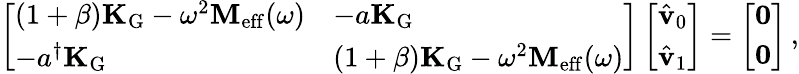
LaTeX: \left[\begin{array}{ll}{(1+\beta)\mathbf{K}_{\mathrm{G}}-\omega^{2}\mathbf{M}_{\mathrm{eff}}(\omega)}&{-a\mathbf{K}_{\mathrm{G}}}\\ {-a^{\dagger}\mathbf{K}_{\mathrm{G}}}&{(1+\beta)\mathbf{K}_{\mathrm{G}}-\omega^{2}\mathbf{M}_{\mathrm{eff}}(\omega)}\end{array}\right]\left[\begin{array}{l}{\hat{\mathbf{v}}_{0}}\\ {\hat{\mathbf{v}}_{1}}\end{array}\right]=\left[\begin{array}{l}{\mathbf{0}}\\ {\mathbf{0}}\end{array}\right]\, ,